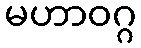
မဟာဝဂ္ဂ